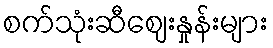
စက်သုံးဆီဈေးနှုန်းများ